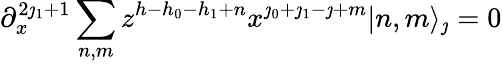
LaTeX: \partial_{x}^{2\jmath_{1}+1}\sum_{n,m}z^{h-h_{0}-h_{1}+n}x^{\jmath_{0}+\jmath_{1}-\jmath+m}|n,m\rangle_{\jmath}=0